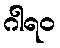
ဂါရဝ